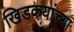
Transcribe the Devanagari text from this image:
खिडकयांच्या